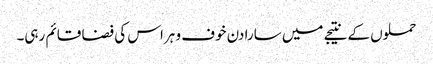
حملوں کے نتیجے میں سارا دن خوف و ہراس کی فضا قائم رہی۔